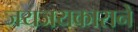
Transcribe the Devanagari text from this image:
जयजयकाराने